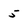
Character: 5